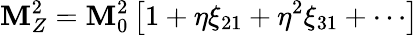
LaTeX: \mathbf{M}_{Z}^{2}=\mathbf{M}_{0}^{2}\left[1+\eta\xi_{21}+\eta^{2}\xi_{31}+\cdots\right]